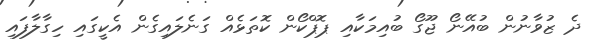
ދެ ޒުވާނުން ބުއޭނޯ ޖޫގޯ ބުއިމަކާއި ޕޮޕްކޯން ކޮތަޅެއް ގަނެލައިގެން އެކީގައި ހިގާލާފައި